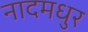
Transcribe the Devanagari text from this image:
नादमधुर